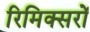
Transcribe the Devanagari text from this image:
रिमिक्सरों